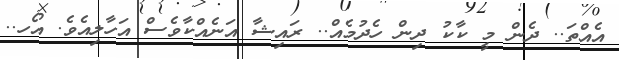
އެއްތަ.. ދެން މީ ކާކު ދިން ހެދުމެއް.. ރައިޝާ އަނެއްކާވެސް އަހާލިއެވެ. އޯހ..